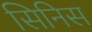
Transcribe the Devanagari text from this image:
सिनिस